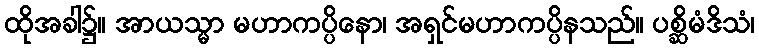
ထိုအခါ၌။ အာယသ္မာ မဟာကပ္ပိနော၊ အရှင်မဟာကပ္ပိနသည်။ ပစ္ဆိမံဒိသံ၊